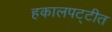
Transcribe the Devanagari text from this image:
हकालपट्टीत